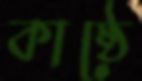
কাষ্ঠে